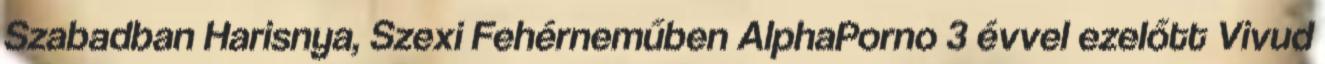
Szabadban Harisnya, Szexi Fehérneműben AlphaPorno 3 évvel ezelőtt Vivud